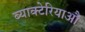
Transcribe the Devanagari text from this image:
ब्याक्टेरियाऔं